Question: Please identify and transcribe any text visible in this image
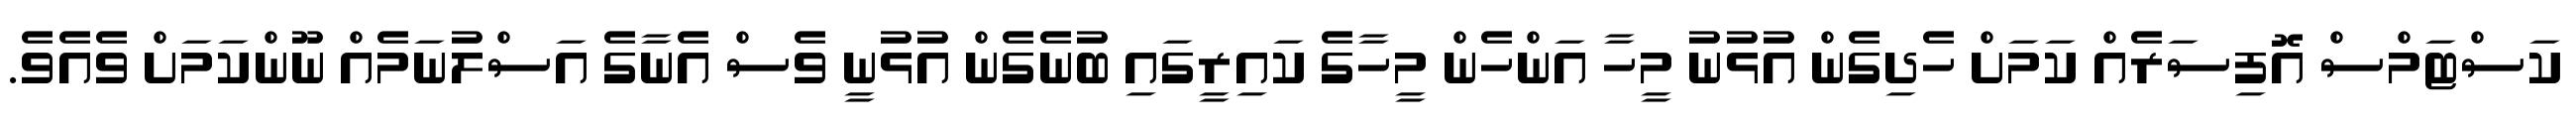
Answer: ކަސްޓަމްސް އޮފިސަރެއް ކަމަށް ހެދިގެން އުޅުނު މީހާ އަންހެން މީހާގެ ކައިރީގައި ބުނެގެން އުޅުނީ ވެސް އެނާގެ އަސްލުނަމެއް ނޫންކަމަށް ވެއެވެ.